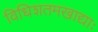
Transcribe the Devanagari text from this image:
विधिशतमखाद्याः